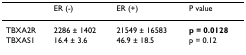
<table><thead><tr><td></td><td><b>ER (-)</b></td><td><b>ER (+)</b></td><td><b>P value</b></td></tr></thead><tbody><tr><td>TBXA2R</td><td>2286 ± 1402</td><td>21549 ± 16583</td><td><b>p = 0.0128</b></td></tr><tr><td>TBXAS1</td><td>16.4 ± 3.6</td><td>46.9 ± 18.5</td><td>p = 0.12</td></tr></tbody></table>